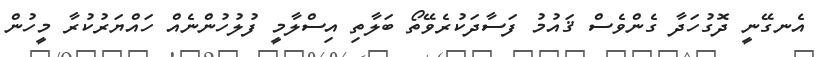
އެނގޭނީ ދޮގުހަދާ ގެންވެސް ޤައުުމު ފަސާދަކުރެެވޭތޯ ބަލާތި އިސްލާމީ ފުލުހުންނެއް ހައްޔަރުކުރާ މީހުން